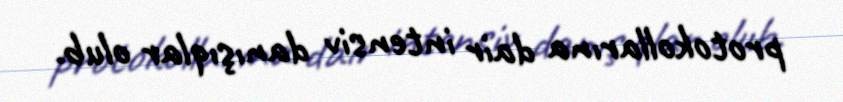
protokollarına dair intensiv danışıqlar olub.